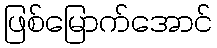
ဖြစ်မြောက်အောင်